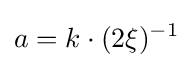
a=k\cdot (2\xi )^{-1}